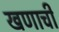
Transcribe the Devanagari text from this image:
खणाची